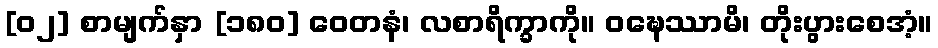
[၀၂] စာမျက်နှာ [၁၈၀] ဝေတနံ၊ လစာရိက္ခာကို။ ဝဍ္ဎေဿာမိ၊ တိုးပွားစေအံ့။